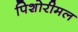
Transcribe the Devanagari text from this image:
पिशोरीमल